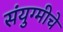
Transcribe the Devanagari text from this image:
संयुग्मीचे